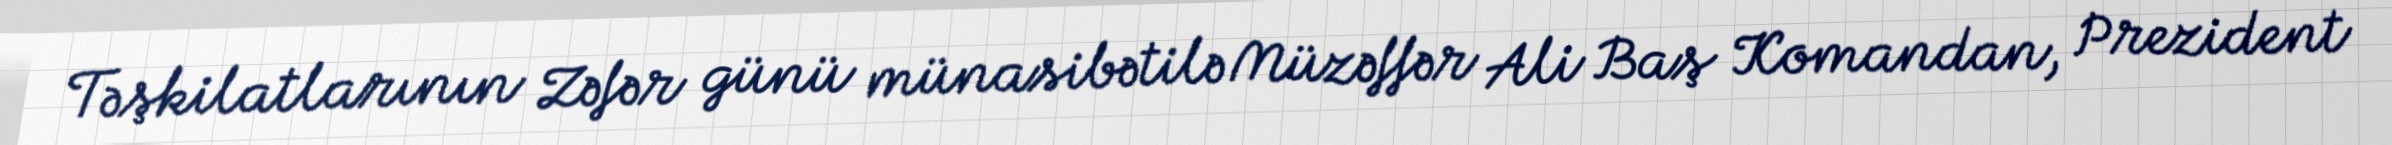
Təşkilatlarının Zəfər günü münasibətilə Müzəffər Ali Baş Komandan, Prezident